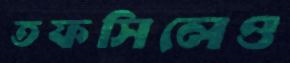
তফসিলেও